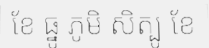
ខែ ធ្នូ ភូមិ សិត្បូ ខែ